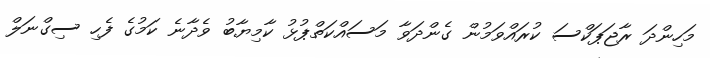
މަހިންދަ ރާޖަޕަކްސަ ކުރައްވަމުން ގެންދަވާ މަސައްކަތްޕުޅު ކާމިޔާބު ވެދާނެ ކަމުގެ ފެހި ސިގްނަލް